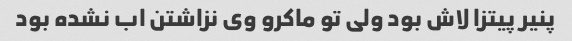
پنیر پیتزا لاش بود ولی تو ماکرو وی نزاشتن اب نشده بود